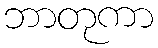
ဘာတုကာ